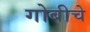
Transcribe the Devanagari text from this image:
गोबीचे